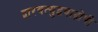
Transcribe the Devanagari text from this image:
द्वारवत्युद्भवाद्गोपी